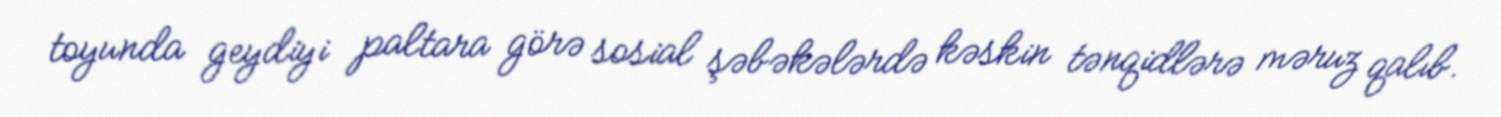
toyunda geydiyi paltara görə sosial şəbəkələrdə kəskin tənqidlərə məruz qalıb.